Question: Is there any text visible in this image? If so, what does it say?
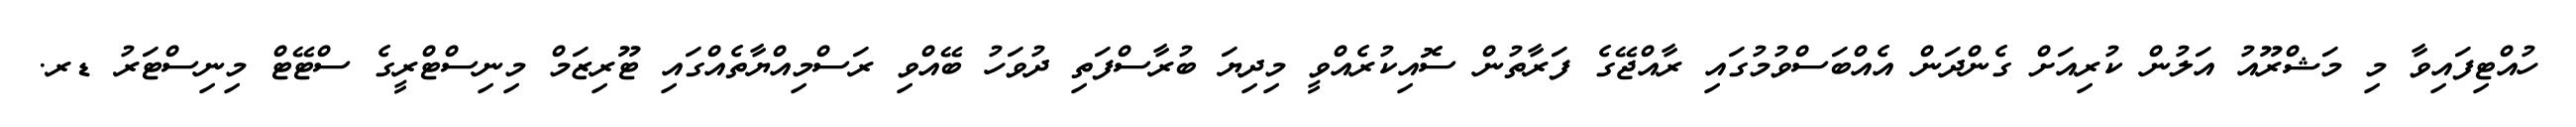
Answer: ހުއްޓިފައިވާ މި މަޝްރޫއު އަލުން ކުރިއަށް ގެންދަން އެއްބަސްވުމުގައި ރާއްޖޭގެ ފަރާތުން ސޮއިކުރެއްވީ މިދިޔަ ބުރާސްފަތި ދުވަހު ބޭއްވި ރަސްމިއްޔާތެއްގައި ޓޫރިޒަމް މިނިސްޓްރީގެ ސްޓޭޓް މިނިސްޓަރު ޑރ.